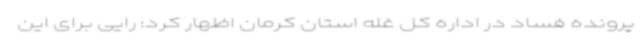
پرونده فساد در اداره کل غله استان کرمان اظهار کرد: رایی برای این